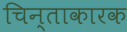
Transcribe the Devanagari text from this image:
चिन्ताकारक